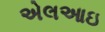
એલઆઇ